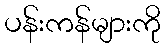
ပန်းကန်များကို